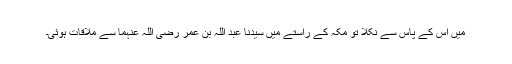
میں اس کے پاس سے نکلا تو مکہ کے راستے میں سیدنا عبد اللہ بن عمر رضی اللہ عنہما سے ملاقات ہوئی۔